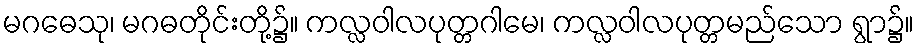
မဂဓေသု၊ မဂဓတိုင်းတို့၌။ ကလ္လဝါလပုတ္တဂါမေ၊ ကလ္လဝါလပုတ္တမည်သော ရွာ၌။